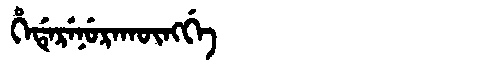
Manchu: ᡥᡝᡩᡝᡵᡝᠨᡠᡵᠠᡴᡡᠩᡤᡝ
Romanization: HEDERENURAKŪNGGE